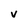
Character: V